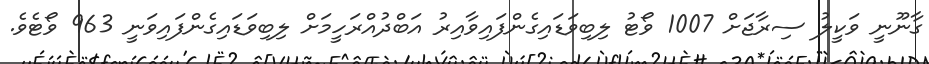
ގާނޫނީ ވަކީލު ސިރާޖަށް 1007 ވޯޓު ލިބިވަޑައިގެންފައިވާއިރު އަބްދުއްރަހީމަށް ލިބިވަޑައިގެންފައިވަނީ 963 ވޯޓެެވެ.